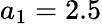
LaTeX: a_{1}=2.5